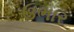
ઉભાર